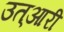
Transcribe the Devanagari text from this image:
उत्आरी